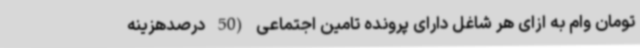
تومان وام به ازای هر شاغل دارای پرونده تامین اجتماعی (50 درصدهزینه